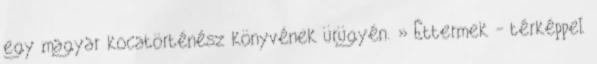
egy magyar kocatörténész könyvének ürügyén. » Éttermek - térképpel